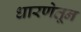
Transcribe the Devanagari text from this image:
धारणेतून